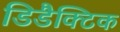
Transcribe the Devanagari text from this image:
डिडैक्टिक